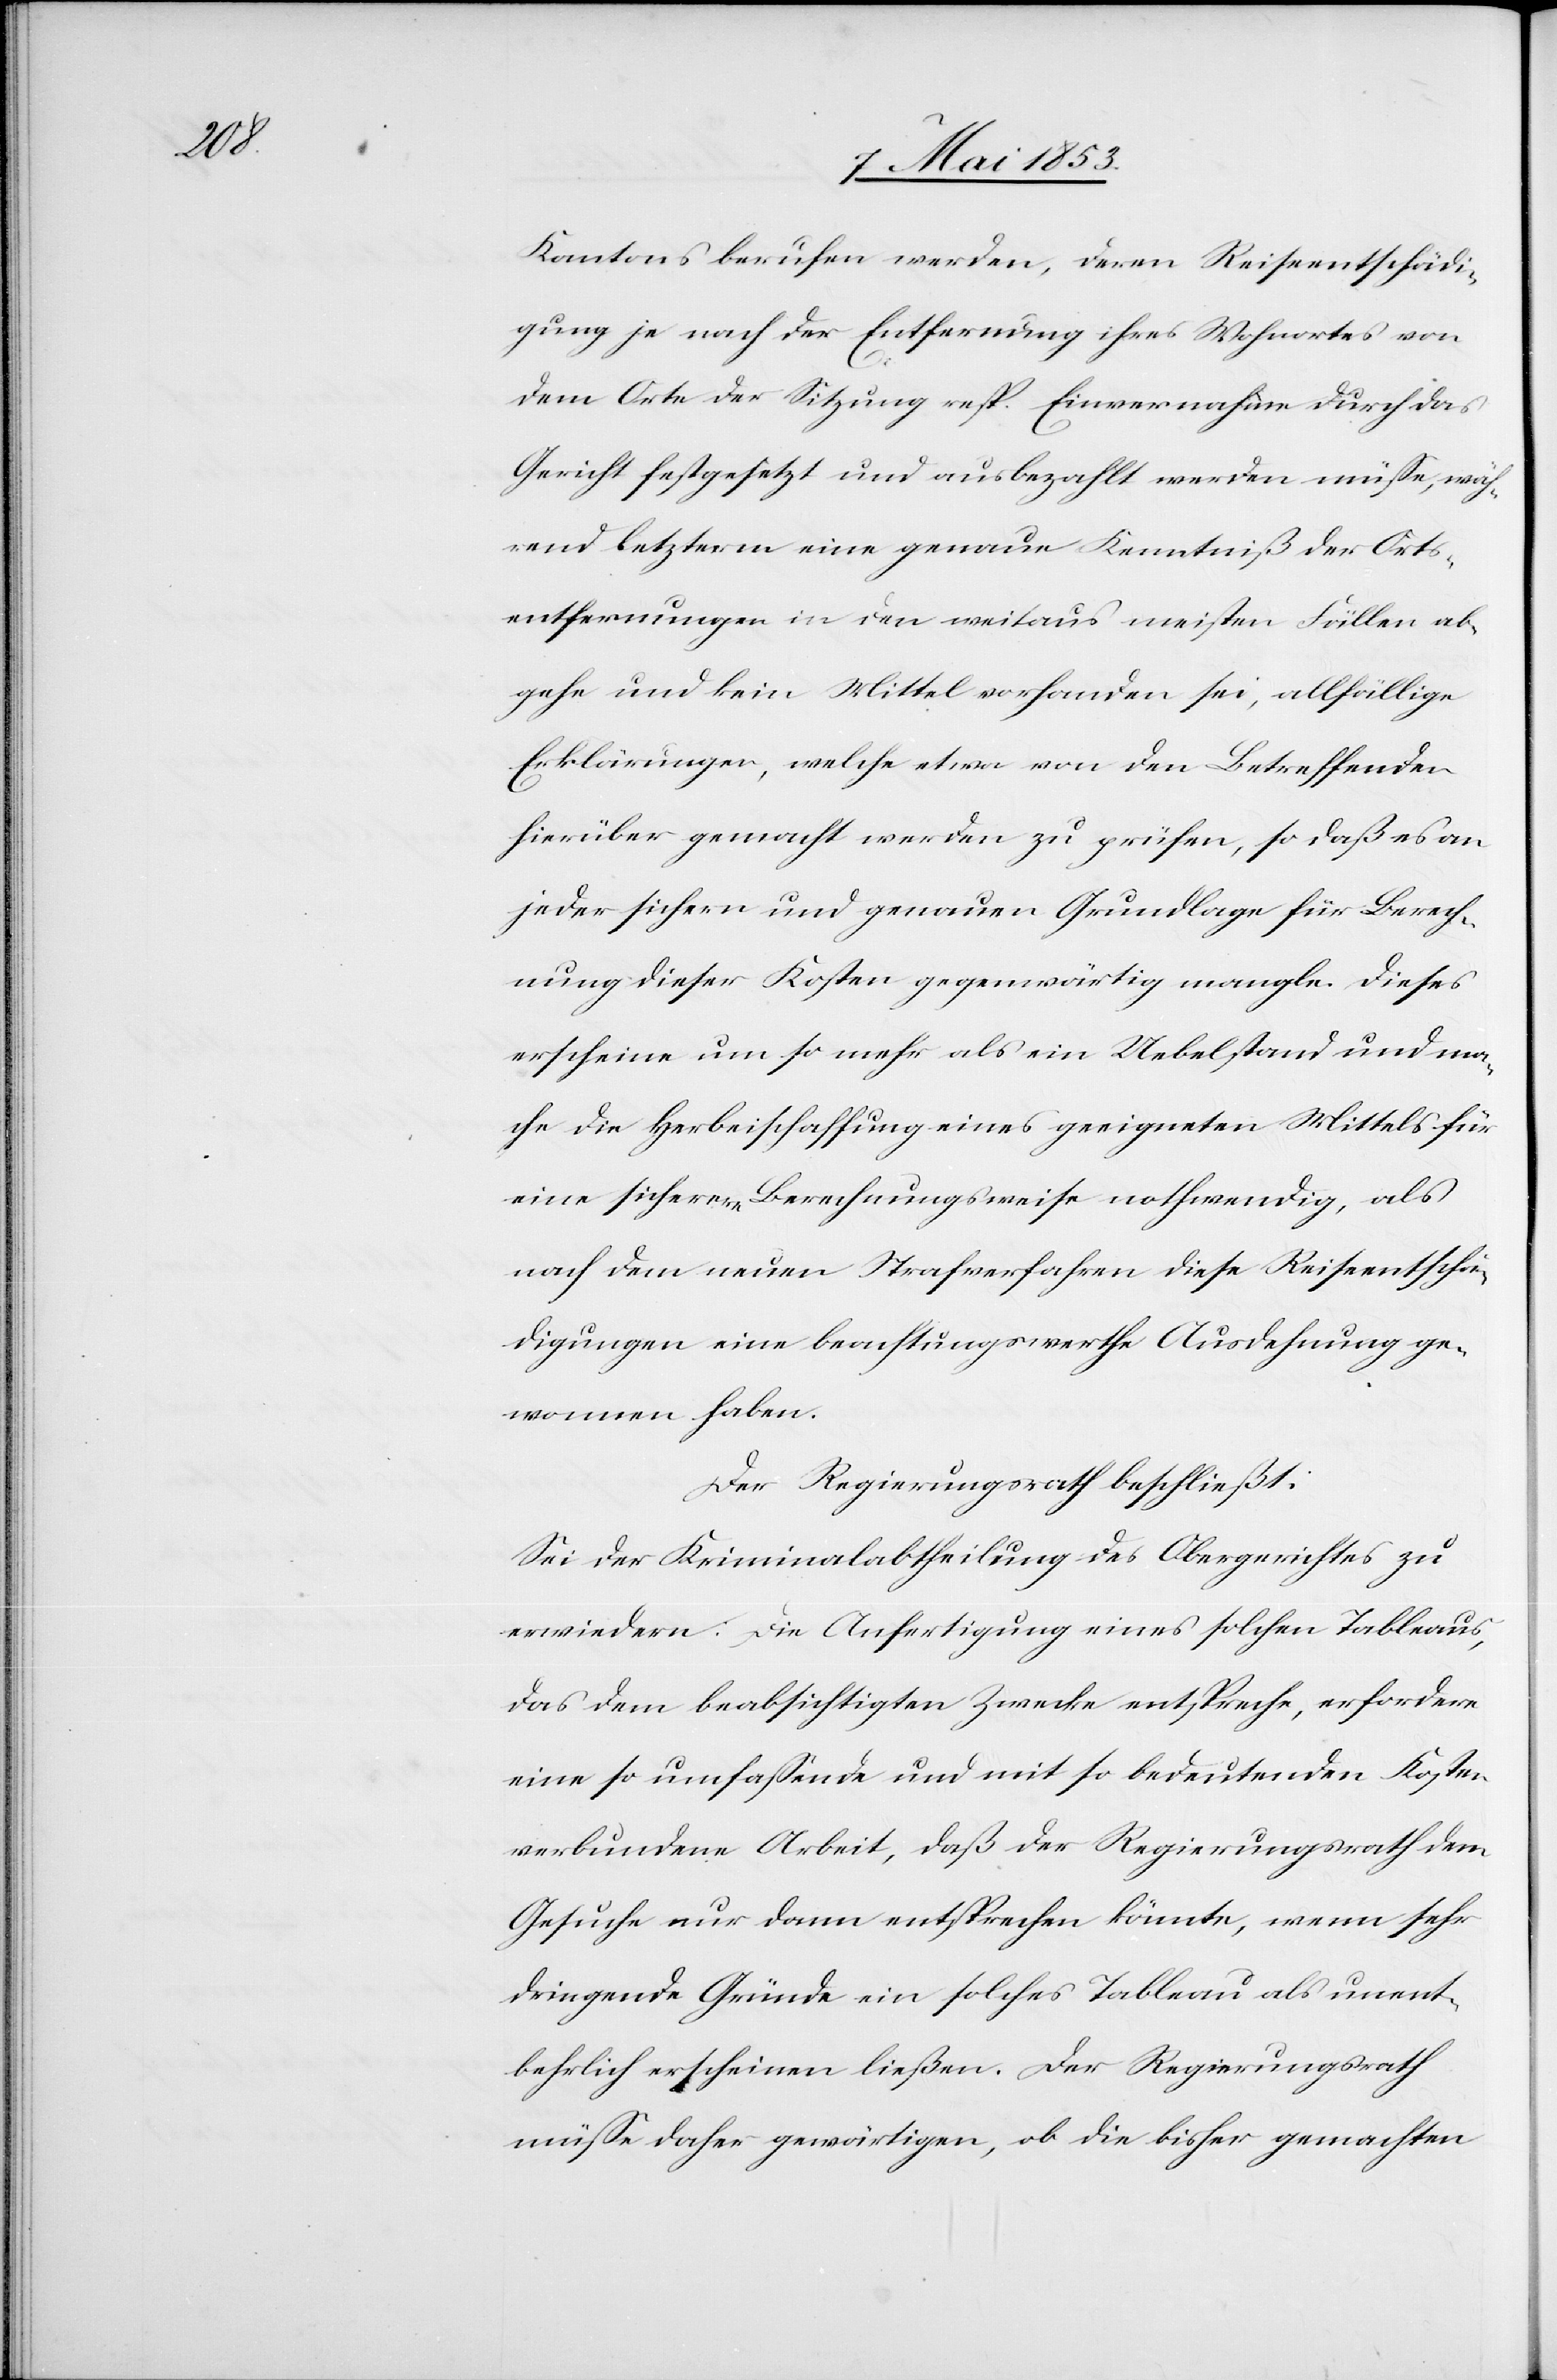
Kantons berufen werden, deren Reiseentschädi¬
gung je nach der Entfernung ihres Wohnortes von
dem Orte der Sitzung resp. Einvernahme durch das
Gericht festgesetzt und ausbezahlt werden müße, wäh¬
rend letzterm eine genaue Kenntniß der Orts¬
entfernungen in den weitaus meisten Fällen ab¬
gehe und kein Mittel vorhanden sei, allfällige
Erklärungen, welche etwa von den Betreffenden
hierüber gemacht werden zu prüfen, so daß es an
jeder sichern und genauen Grundlage für Berech¬
nung dieser Kosten gegenwärtig mangle. Dieses
erscheine um so mehr als ein Uebelstand und ma¬
che die Herbeischaffung eines geeigneten Mittels für
eine sicherere Berechnungsweise nothwendig, als
nach den neuen Strafverfahren diese Reiseentschä¬
digungen eine beachtungswerthe Ausdehnung ge¬
nommen haben.
Der Regierungsrath beschließt:
Sei der Kriminalabtheilung des Obergerichtes zu
erwiedern: Die Ausfertigung eines solchen Tableaus,
das dem beabsichtigten Zwecke entspreche, erfordere
eine so umfaßende und mit so bedeutenden Kosten
verbundene Arbeit, daß der Regierungsrath dem
Gesuche nur dann entsprechen könnte, wenn sehr
dringende Gründe ein solches Tableau als unent¬
behrlich erscheinen ließen. Der Regierungsrath
müße daher gewärtigen, ob die bisher gemachten